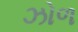
ઝોળ